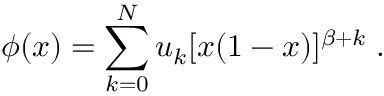
\phi ( x ) = \sum _ { k = 0 } ^ { N } u _ { k } [ x ( 1 - x ) ] ^ { \beta + k } \; .